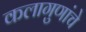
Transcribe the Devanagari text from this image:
कलागुणांचे